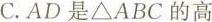
C.AD是△ABC的高